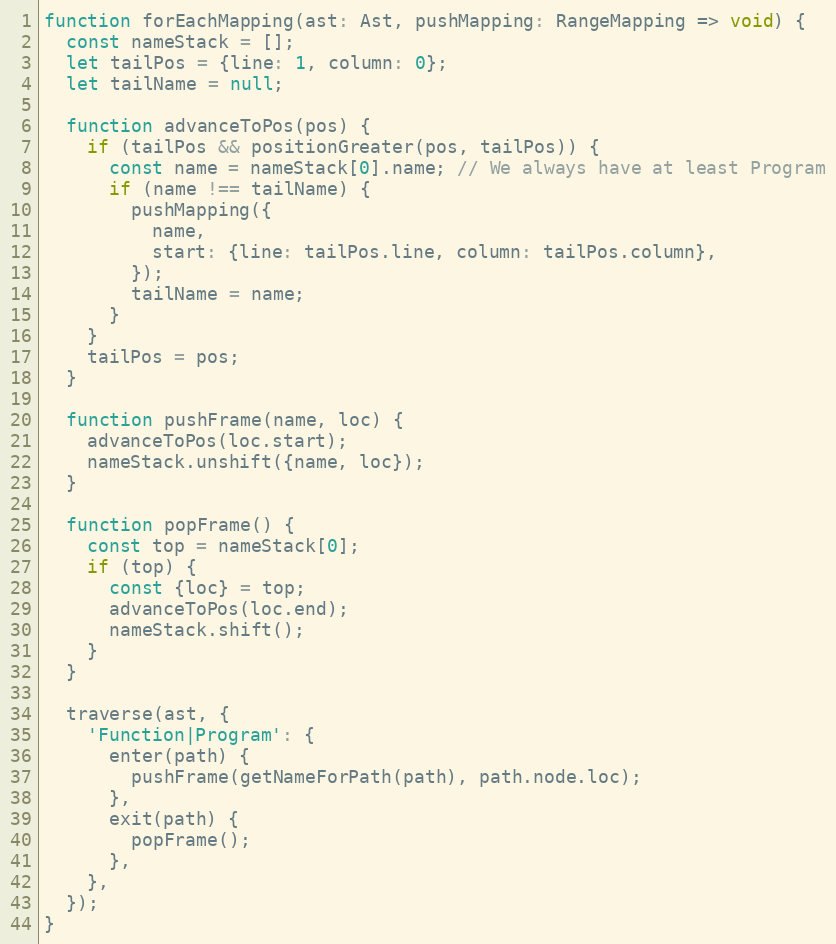
Language: JavaScript
function forEachMapping(ast: Ast, pushMapping: RangeMapping => void) {
  const nameStack = [];
  let tailPos = {line: 1, column: 0};
  let tailName = null;

  function advanceToPos(pos) {
    if (tailPos && positionGreater(pos, tailPos)) {
      const name = nameStack[0].name; // We always have at least Program
      if (name !== tailName) {
        pushMapping({
          name,
          start: {line: tailPos.line, column: tailPos.column},
        });
        tailName = name;
      }
    }
    tailPos = pos;
  }

  function pushFrame(name, loc) {
    advanceToPos(loc.start);
    nameStack.unshift({name, loc});
  }

  function popFrame() {
    const top = nameStack[0];
    if (top) {
      const {loc} = top;
      advanceToPos(loc.end);
      nameStack.shift();
    }
  }

  traverse(ast, {
    'Function|Program': {
      enter(path) {
        pushFrame(getNameForPath(path), path.node.loc);
      },
      exit(path) {
        popFrame();
      },
    },
  });
}